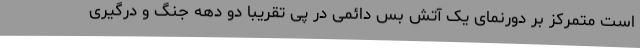
است متمرکز بر دورنمای یک آتش بس دائمی در پی تقریبا دو دهه جنگ و درگیری